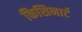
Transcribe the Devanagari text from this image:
किसिनार्ट